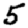
Digit: 5